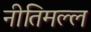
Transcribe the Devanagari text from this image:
नीतिमल्ल